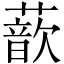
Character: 𫉮